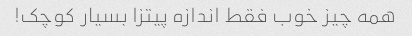
همه چیز خوب فقط اندازه پیتزا بسیار کوچک!